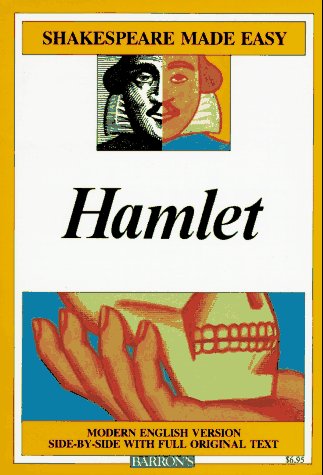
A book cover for Hamlet (Shakespeare Made Easy); William Shakespeare; Humor & Entertainment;